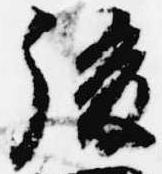
後